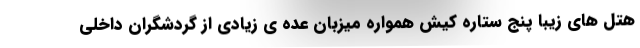
هتل های زیبا پنج ستاره کیش همواره میزبان عده ی زیادی از گردشگران داخلی